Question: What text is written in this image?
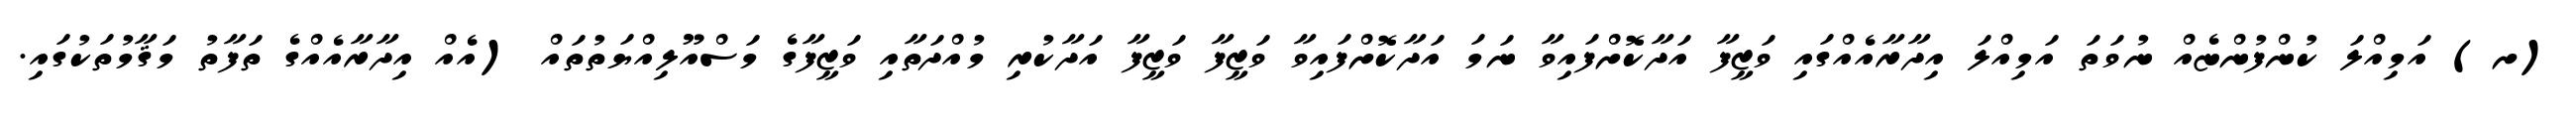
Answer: (ށ) އަމިއްލަ ކުންފުންޏެއް ނުވަތަ އަމިއްލަ އިދާރާއެއްގައި ވަޒީފާ އަދާކޮށްފައިވާ ނަމަ އަދާކޮށްފައިވާ ވަޒީފާ ވަޒީފާ އަދާކުރި މުއްދަތާއި ވަޒީފާގެ މަސްއޫލިއްޔަތުތައް (އެއް އިދާރާއެއްގެ ތަފާތު މަޤާމުތަކުގައި.